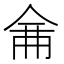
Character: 𠉙